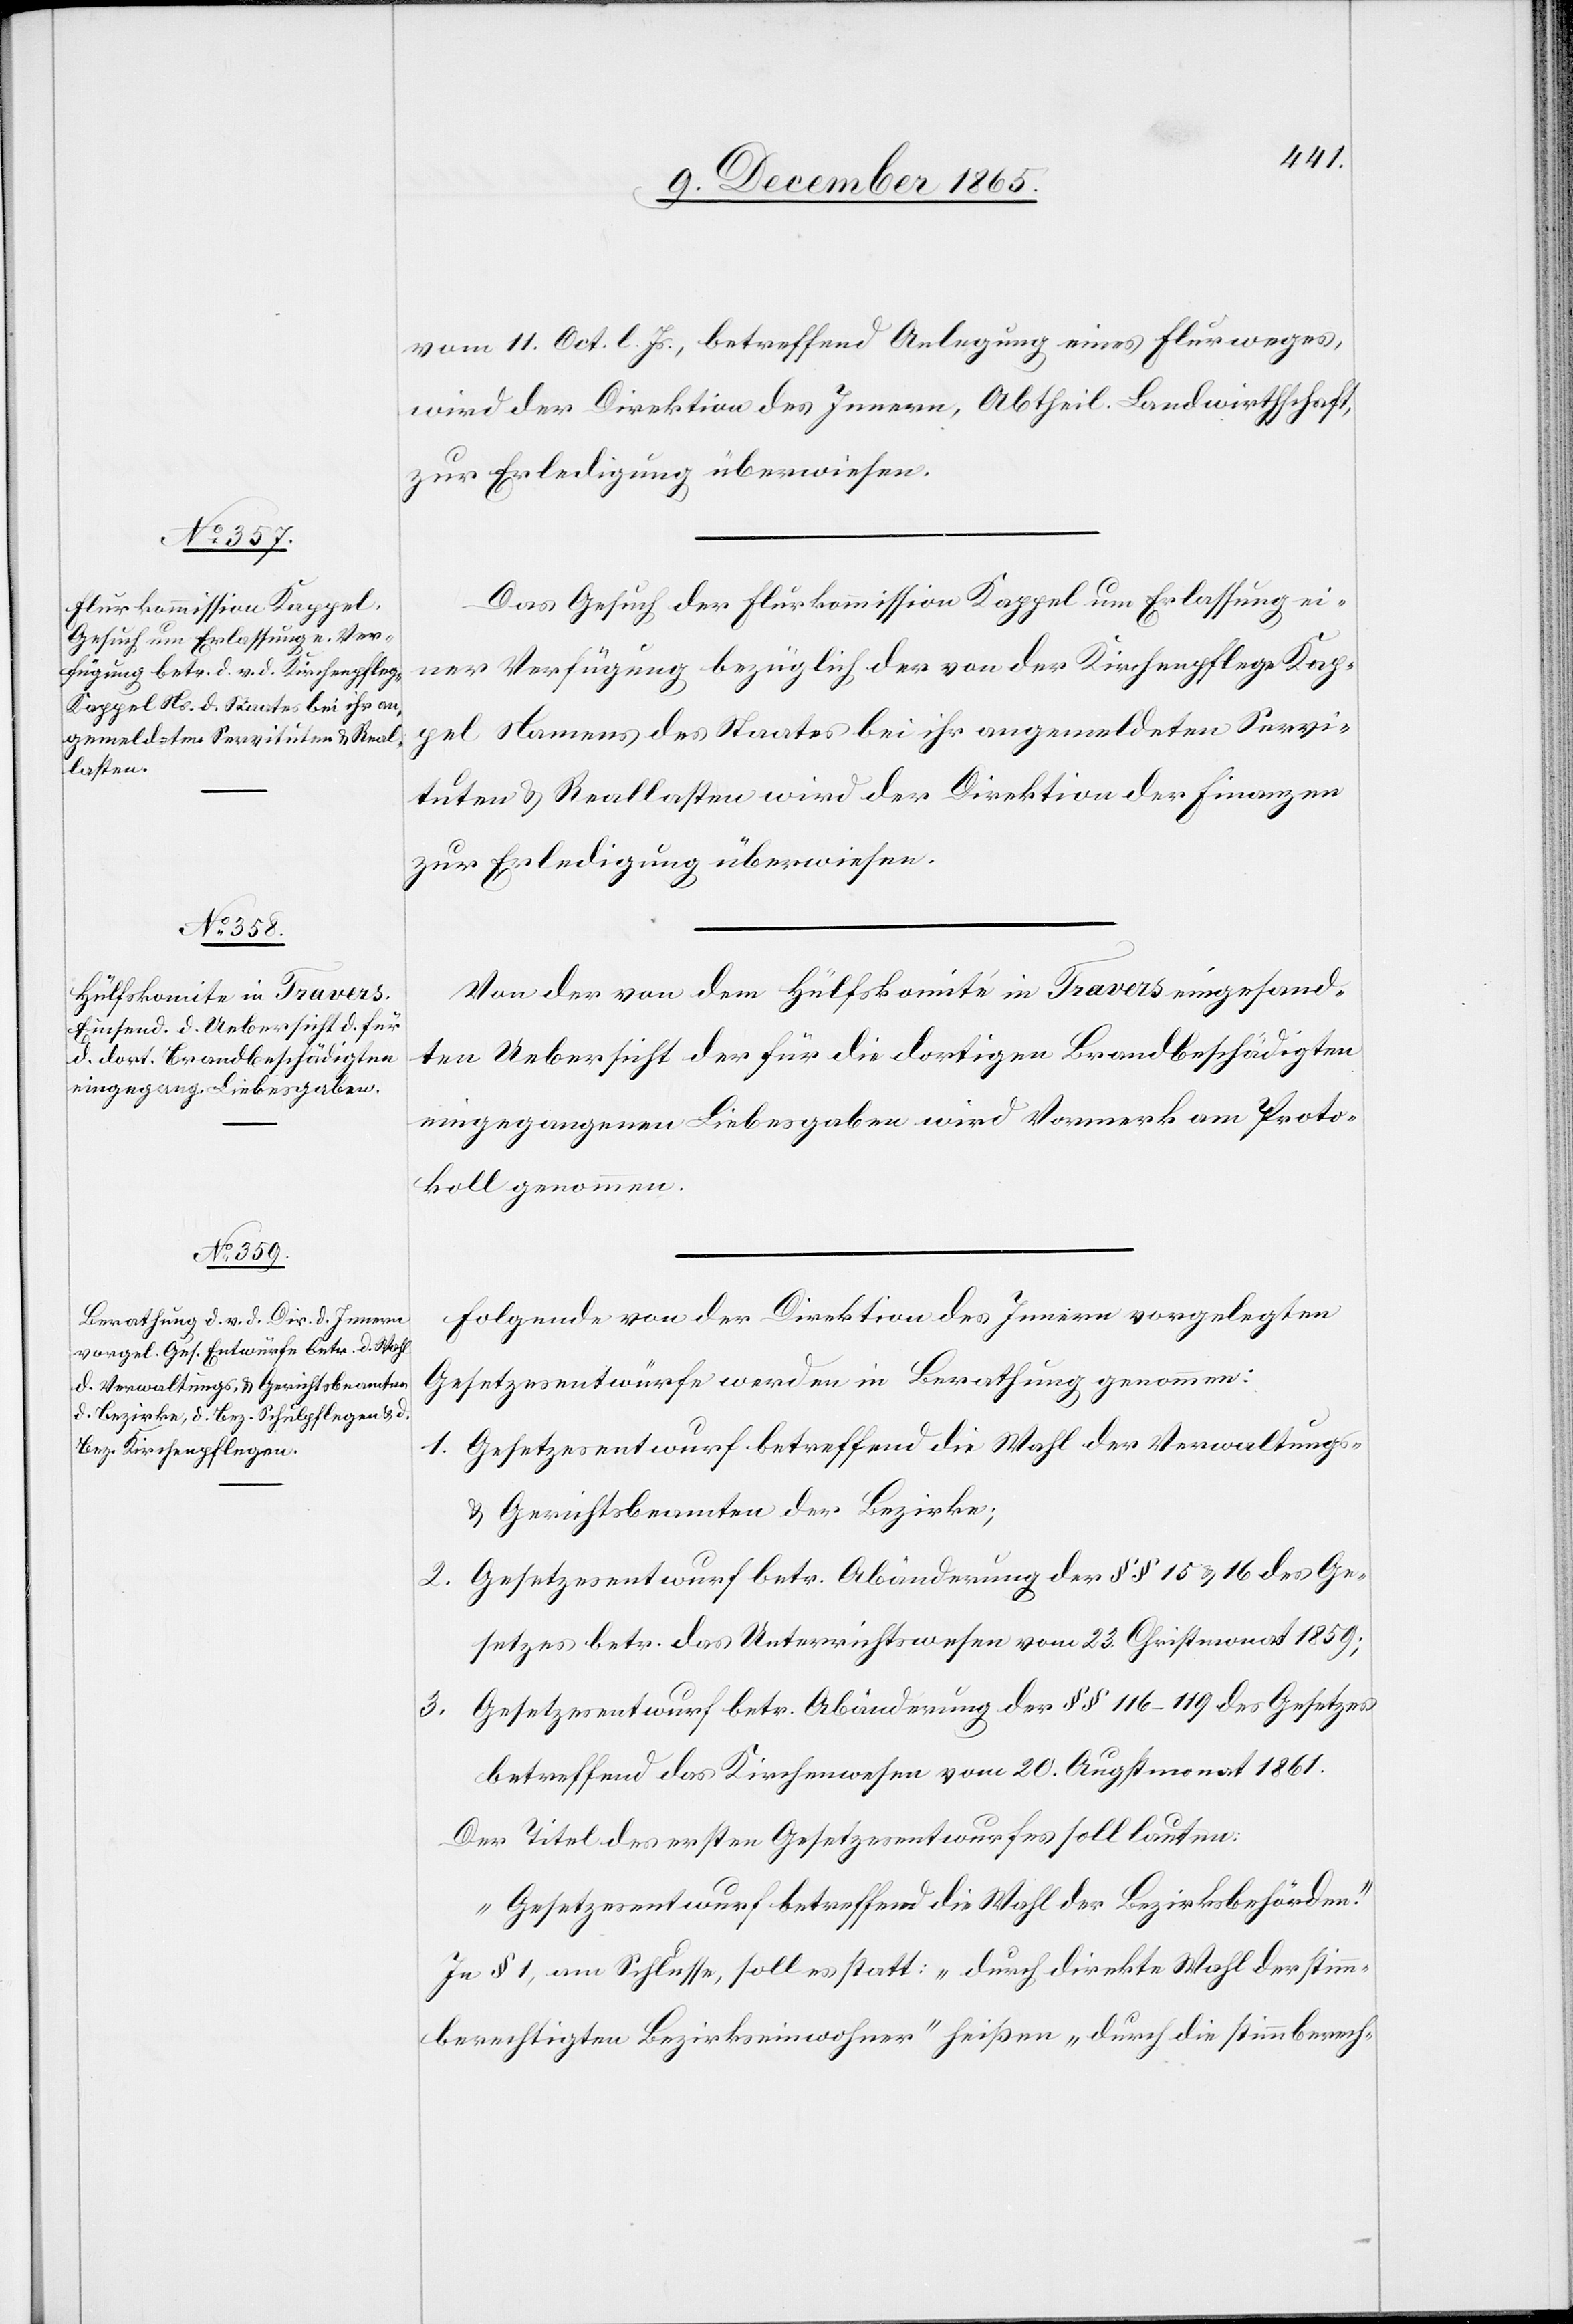
vom 11. Oct. l. Js., betreffend Anlegung eines Flurweges,
wird der Direktion des Innern, Abtheil. Landwirthschaft,
zur Erledigung überwiesen.
Das Gesuch der Flurkommission Kappel um Erlassung ei¬
ner Verfügung bezüglich der von der Kirchenpflege Kap¬
pel Namens des Staates bei ihr angemeldeten Servi¬
tuten & Reallasten wird der Direktion der Finanzen
zur Erledigung überwiesen.
Von der von dem Hülfskomite in Travers eingesand¬
ten Uebersicht der für die dortigen Brandbeschädigten
eingegangenen Liebesgaben wird Vormerk am Proto¬
koll genommen.
Folgende von der Direktion des Innern vorgelegten
Gesetzesentwürfe werden in Berathung genommen:
1. Gesetzesentwurf betreffend die Wahl der Verwaltungs-
& Gerichtsbeamten der Bezirke;
Gesetzesentwurf betr. Abänderung der §§ 15 & 16 des Ge¬
2.
setzes betr. das Unterrichtswesen vom 23. Christmonat 1859;
Gesetzesentwurf betr. Abänderung der §§ 116–119 des Gesetzes
3.
betreffend das Kirchenwesen vom 20. Christmonat 1861.
Der Titel des ersten Gesetzesentwurfes soll lauten:
„Gesetzesentwurf betreffend die Wahl der Bezirksbehörden.“
In § 1, am Schlusse, soll es statt: „durch direkte Wahl der stimm¬
berechtigten Bezirkseinwohner“ heißen „durch die stimmberech-